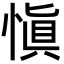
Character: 愼